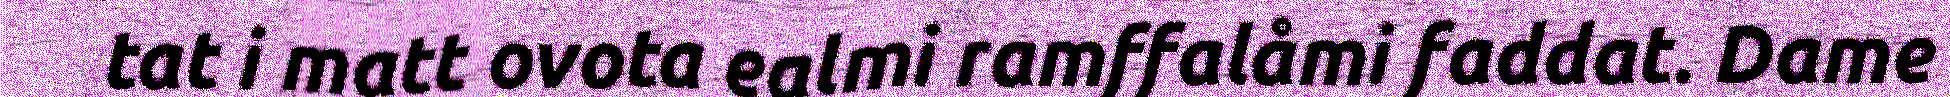
tat i matt ovota ealmi ramffalåmi faddat. Dame